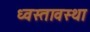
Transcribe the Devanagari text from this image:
ध्वस्तावस्था